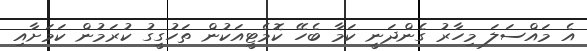
އެ މައްސަލަ މިހާރު ގެންދަނީ ކަމާ ބެހޭ ކޮމެޓީއަކުން ތަހުގީގު ކުރަމުން ކަމަށާއި